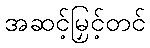
အဆင့်မြှင့်တင်